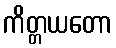
ကိတ္တယတော